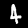
Digit: 4